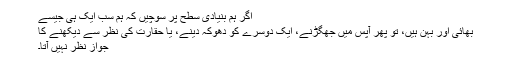
اگر ہم بنیادی سطح پر سوچیں کہ ہم سب ایک ہی جیسے
بھائی اور بہن ہیں، تو پھر آپس میں جھگڑنے، ایک دوسرے کو دھوکہ دینے، یا حقارت کی نظر سے دیکھنے کا
جواز نظر نہیں آتا۔